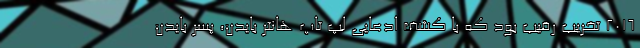
2016 تخریب رقیب بود که با کشف ادعایی لپ تاپ هانتر بایدن، پسر بایدن